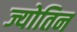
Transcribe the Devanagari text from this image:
ज्योतिन